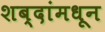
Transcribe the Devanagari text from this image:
शब्दांमधून